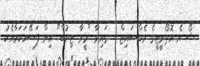
ޝޯ އެ އޮތޯރީޓީގެ ވެބްސައިޓް ... ގައިވާ "މީރާ ޓިޔުބް" އިން ފަސޭހަކަމާއެކު